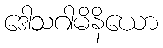
ဒေါသဂါမိနိယော